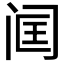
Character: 𬮣